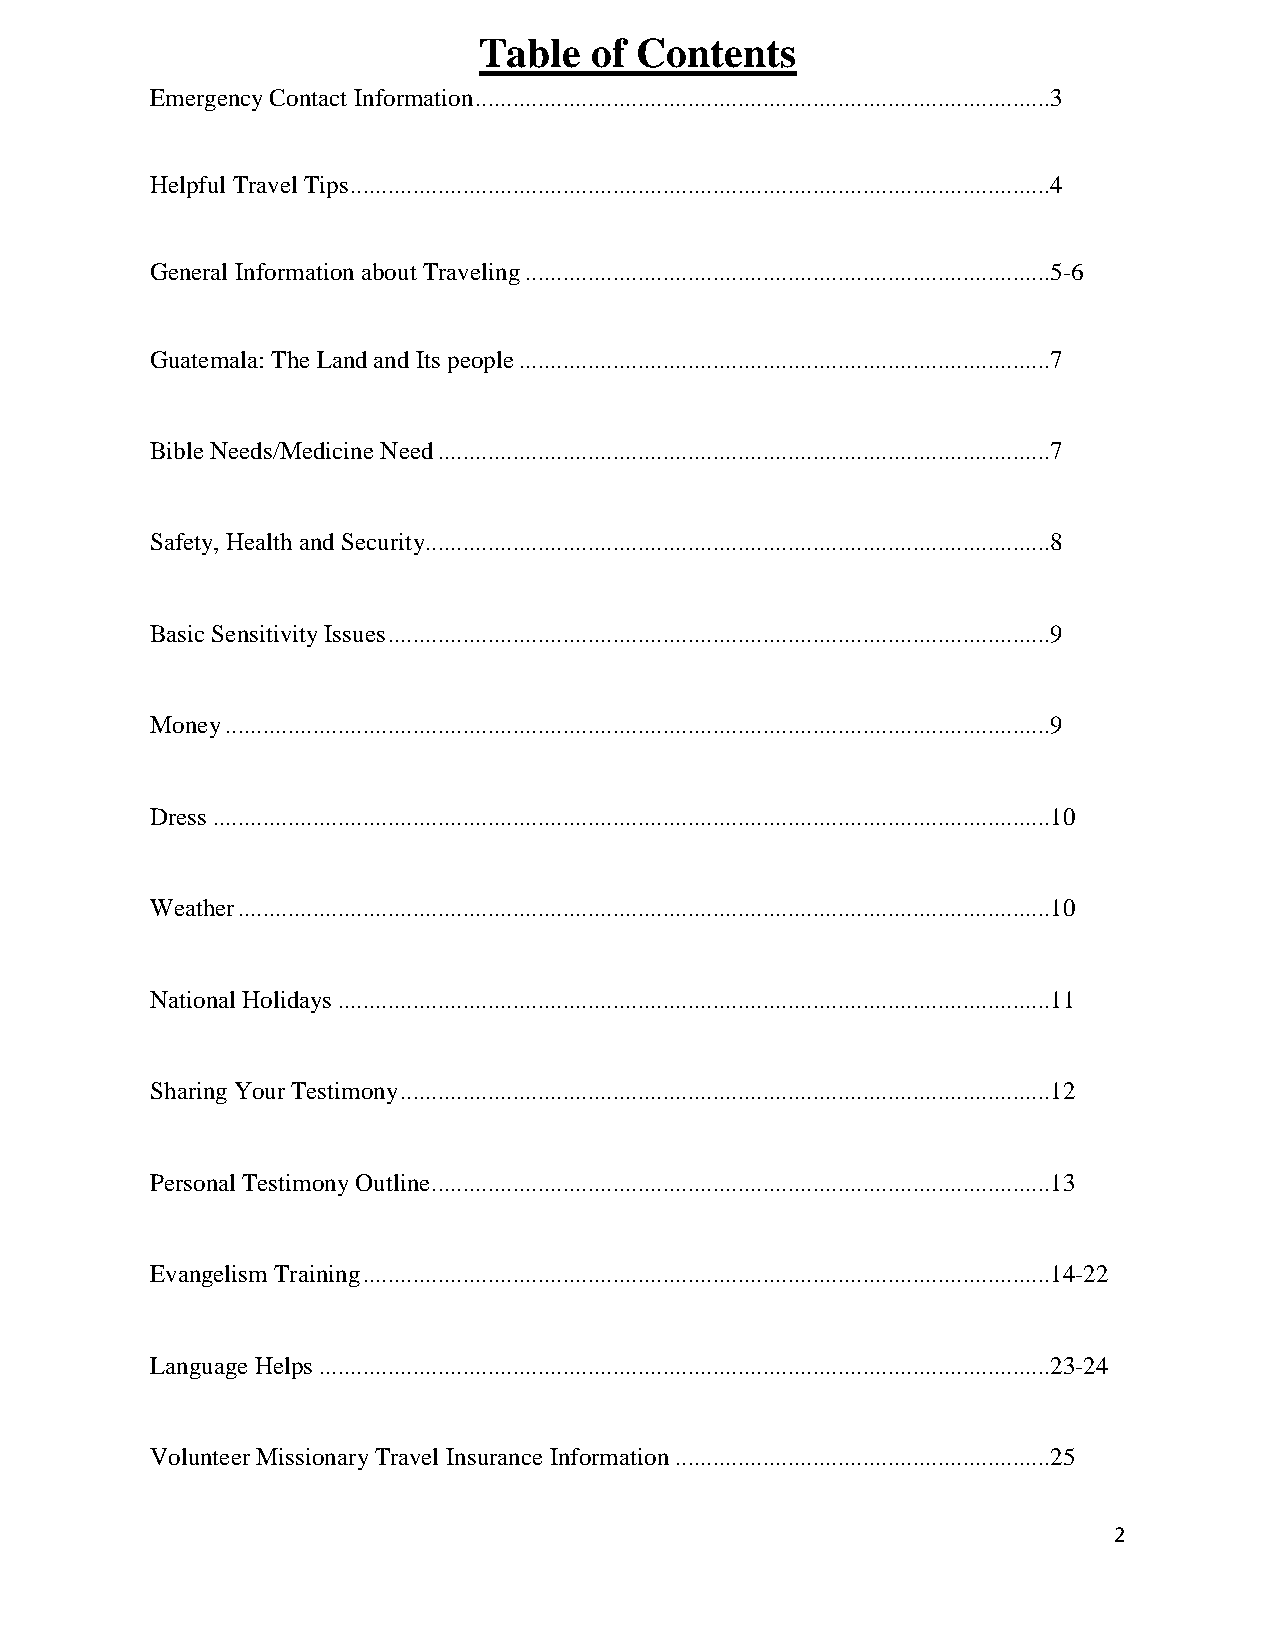
Table  of Contents
 Emergency Contact Information ............................................................................................3
 Helpful Travel Tips ................................................................................................................4
 General Information about Traveling ....................................................................................5-6
 Guatemala: The Land and Its people .....................................................................................7
 Bible Needs/Medicine Need ..................................................................................................7
 Safety, Health and Security....................................................................................................8
 Basic Sensitivity Issues ..........................................................................................................9
 Money ....................................................................................................................................9
 Dress ......................................................................................................................................10
 Weather ..................................................................................................................................10
 National Holidays ..................................................................................................................11
 Sharing Your Testimony ........................................................................................................12
 Personal Testimony Outline ...................................................................................................13
 Evangelism Training ..............................................................................................................14-22
 Language Helps .....................................................................................................................23-24
 Volunteer Missionary Travel Insurance Information ............................................................25
 2